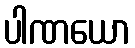
ပါဏယော